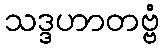
သဒ္ဒဟာတဗ္ဗံ